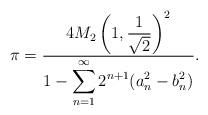
LaTeX: \begin{align*}\pi=\frac{\displaystyle 4M_2\left(1,\frac{1}{\sqrt{2}}\right)^2}{\displaystyle 1-\sum_{n=1}^\infty 2^{n+1}(a_n^2-b_n^2)}.\end{align*}